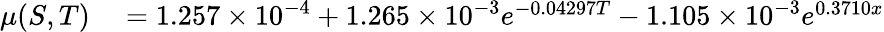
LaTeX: \begin{array}{rl}{\mu(S,T)}&{{}=1.257\times 10^{-4}+1.265\times 10^{-3}e^{-0.04297T}-1.105\times 10^{-3}e^{0.3710x}}\end{array}